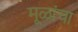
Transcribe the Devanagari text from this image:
मूळांचा